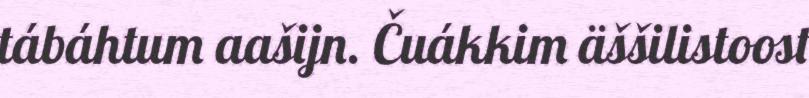
tábáhtum aašijn. Čuákkim äššilistoost